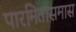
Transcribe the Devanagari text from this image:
पारमितासमास